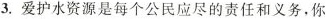
3.爱护水资源是每个公民应尽的责任和义务，你